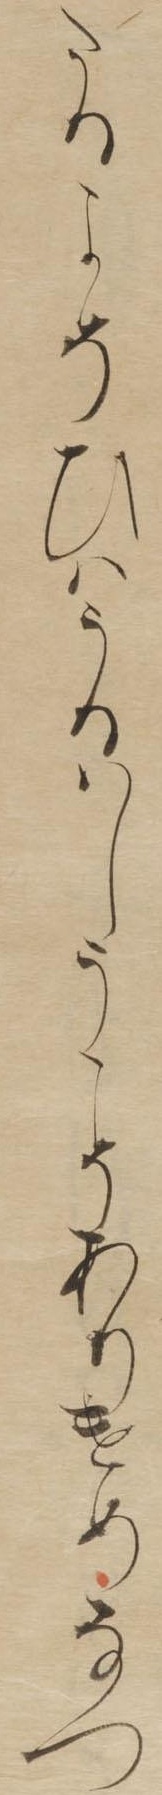
たるよそひはうるはしうこそありけめなつ